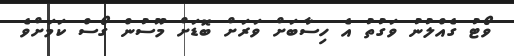
ވޯޓު ގެއްލުނު ވަގުތު އެ ހިސާބަށް ވަރަށް ބޮޑަށް މޫސުން ގޯސް ކަމަށްވެ